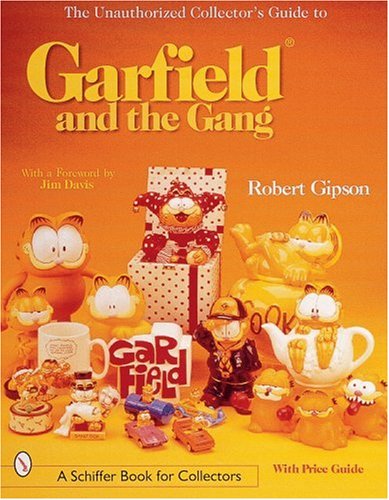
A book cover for The Unauthorized Collector's Guide to Garfield and the Gang (The Unauthorized Collection Guide); Robert Gipson; Humor & Entertainment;